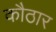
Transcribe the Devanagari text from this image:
कौठार